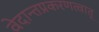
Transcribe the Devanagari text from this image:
वेदान्तप्रकरणत्वात्